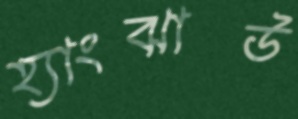
হ্যাংঝাউ